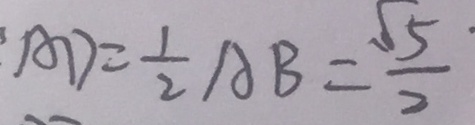
A D = \frac { 1 } { 2 } A B = \frac { \sqrt { 5 \cdot } } { 2 }